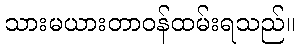
သားမယားတာဝန်ထမ်းရသည်။